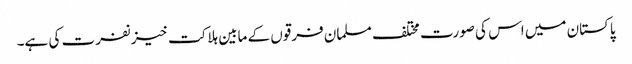
پاکستان میں اس کی صورت مختلف مسلمان فرقوں کے مابین ہلاکت خیز نفرت کی ہے۔